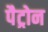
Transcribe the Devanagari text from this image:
पैट्रोन